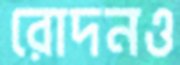
রোদনও